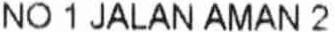
NO 1 JALAN AMAN 2